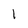
Character: 1